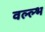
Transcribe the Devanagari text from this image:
वल्ल्भ